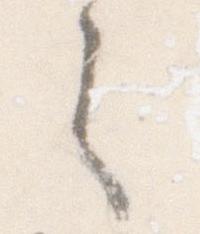
之